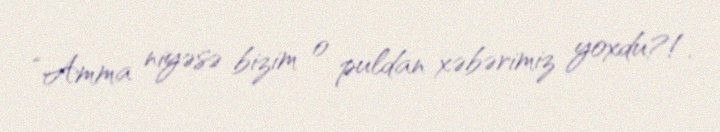
“Amma niyəsə bizim o puldan xəbərimiz yoxdu?!.